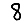
Digit: 8